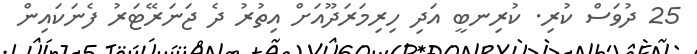
25 ދުވަސް ކުރި. ކުރިނބީ އަދި ހިރިމަރަދޫއަށް އިތުރު ދެ ޖަނަރޭޓަރު ފެނަކައިން